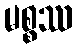
မစ္စဿ